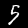
Label: 5